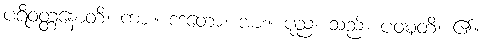
ပရိဝတ္တနောတိ၊ ကား။ ဒဒတော၊ အား။ ပုညံ၊ သည်။ ပဝဍ္ဎတိ၊ ၏။